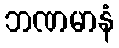
ဘဏမာနံ